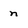
Character: n